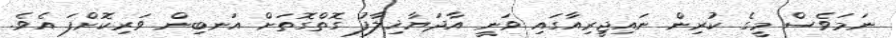
ނަމަވެސް މީގެ ކުރިން ނައިޖީރިއާގައި ވަނީ އާދަޔާޚިލާފު ގޮތްގޮތަށް އަނބިން ވަރިކޮށްފަ އެވެ.